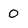
Character: 0